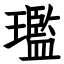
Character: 璼